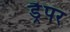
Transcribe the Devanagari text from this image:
ड्रैपर